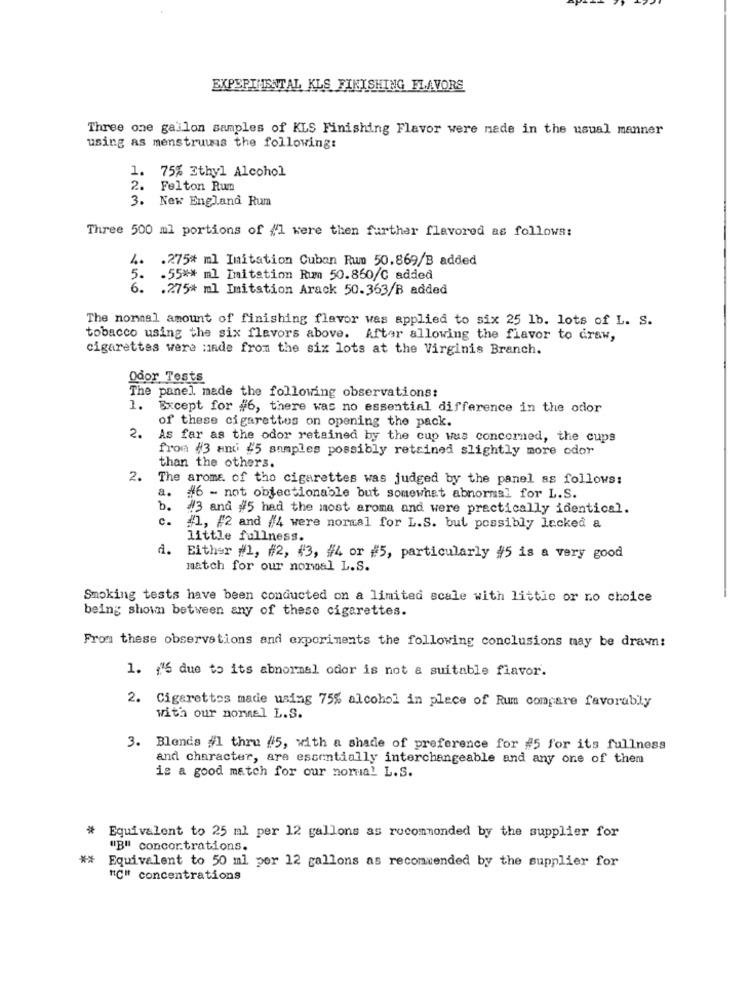
EXPEPIMIENTAL KLS FIKISHING FLAVORS
Three one gallon samples of KLS Finishing Flavor were made in the usual manner
using as menstruuis the following:
1.
75% Ethyl Alcohol
2.
Felton Run
New England Rum
Three 500 ml portions of {1 were then further flavored as follows:
4.
.275# ml Imitation Cuban Rum 50.869/B added
5.
-55 ** ml Imitation Rum 50.850/C added
6 .
.275* ml Imitation Arack 50.363/B added
The normal amount of finishing flavor was applied to six 25 1b. lots of L. S.
tobacco using the six flavors above. After allowing the flavor to draw,
cigarettes were made from the six lots at the Virginis Branch.
Odor Tests
The panel made the following observations:
1.
Except for #6, there was no essential difference in the odor
of these cigarettes on opening the pack.
2.
As far as the odor retained by the cup was concerned, the cups
from #3 and #5 samples possibly retained slightly more odor
than the others.
2.
The aroma of tho cigarettes was judged by the panel as follows:
a.
#6 - not objectionable but somewhat abnormal for L.S.
b.
#3 and #5 had the most arona and were practically identical.
c.
, #2 and #4 were normal for L.S. but possibly locked a
little fullness.
d. Either #1, #2, #3, #4 or #5, particularly #5 is a very good
match for our normal L.S.
Smoking tests have been conducted on a limited scale with little or no choice
being shown between any of these cigarettes.
From these observations and experiments the following conclusions may be drawn:
1. {"6 due to its abnormal odor is not a suitable flavor.
2. Cigarettes made using 75% alcohol in place of Rum compare favorably
with our nonnel L.S.
3. Blends #1 thru #5, with a shade of preference for #5 for its fullness
and character, are essentially interchangeable and any one of them
is a good match for our normal L.S.
# Equivalent to 25 ml per 12 gallons as rucommonded by the supplier for
"B" concor.trations.
**
Equivalent to 50 ml per 12 gallons as recommended by the supplier for
"C" concentrations